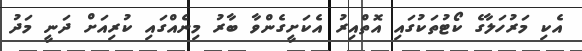
އެކި މަރުހަލާގެ ކޯޓުތަކުގައި އޮތްއިރު އެކަށީގެންވާ ބާރު މިނެއްގައި ކުރިއަށް ދަނީ މަދު